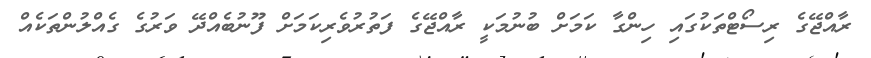
ރާއްޖޭގެ ރިސޯޓްތަކުގައި ހިންގާ ކަމަށް ބުނުމަކީ ރާއްޖޭގެ ފަތުރުވެރިކަމަށް ފޫނުބެއްދޭ ވަރުގެ ގެއްލުންތަކެއް